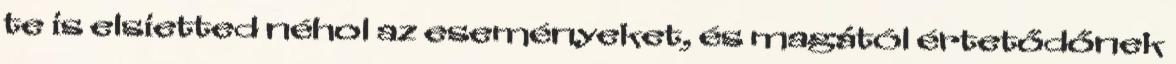
te is elsietted néhol az eseményeket, és magától értetődőnek